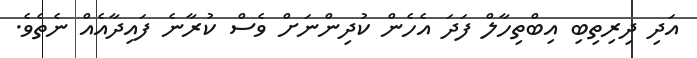
އަދި ދިރިތިބި އިބްތިހާލް ފަދަ އެހެން ކުދިންނަށް ވެސް ކުރާނެ ފައިދާއެއް ނެތެވެ.